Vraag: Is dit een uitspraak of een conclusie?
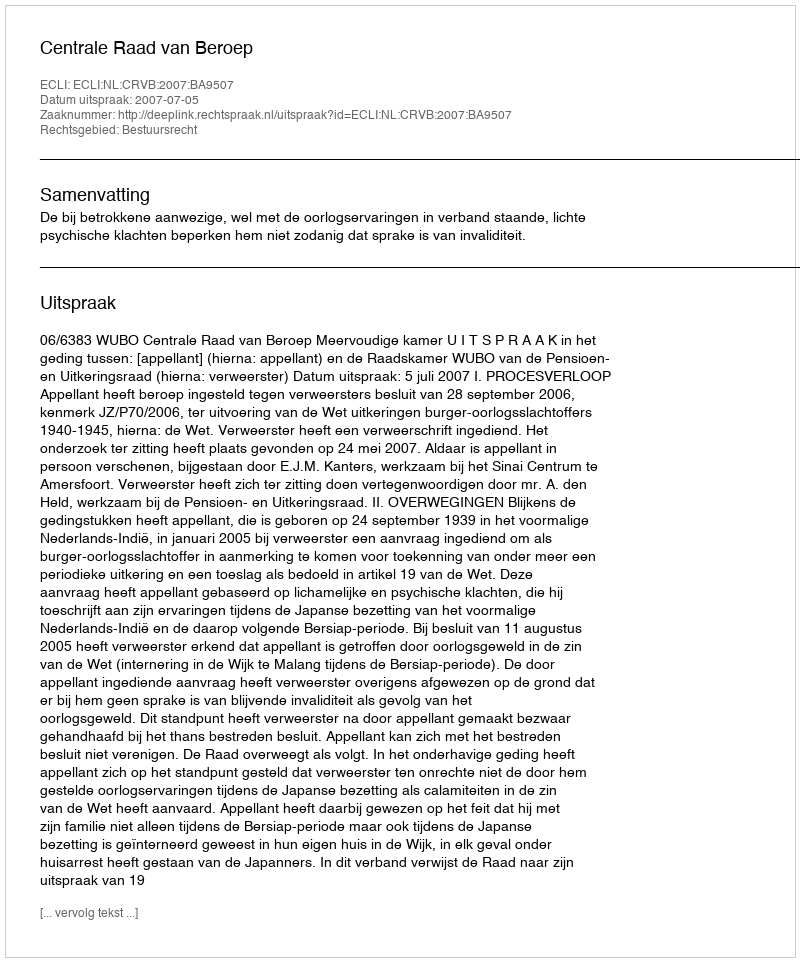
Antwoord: Uitspraak